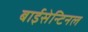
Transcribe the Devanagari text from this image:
बाईसेन्टिनल